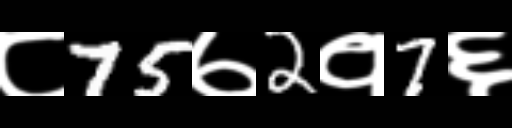
Text: ८75७2१7६